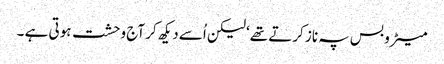
میٹرو بس پہ ناز کرتے تھے‘ لیکن اُسے دیکھ کر آج وحشت ہوتی ہے ۔